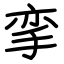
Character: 挛